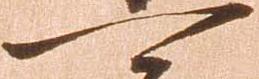
可